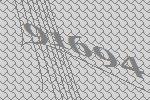
91694